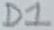
Text: D1